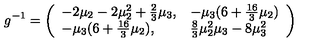
g ^ { - 1 } = \left( \begin{array} { l l } { - 2 \mu _ { 2 } - 2 \mu _ { 2 } ^ { 2 } + \frac 2 3 \mu _ { 3 } , } & { - \mu _ { 3 } ( 6 + \frac { 1 6 } { 3 } \mu _ { 2 } ) } \\ { - \mu _ { 3 } ( 6 + \frac { 1 6 } { 3 } \mu _ { 2 } ) , } & { \frac 8 3 \mu _ { 2 } ^ { 2 } \mu _ { 3 } - 8 \mu _ { 3 } ^ { 2 } } \\ \end{array} \right)